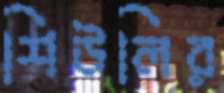
শিউলির